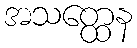
အသတ္ထေန